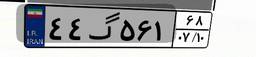
۴۸گ۶۶۰۹۰